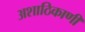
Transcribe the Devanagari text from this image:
अशाठिकाणी